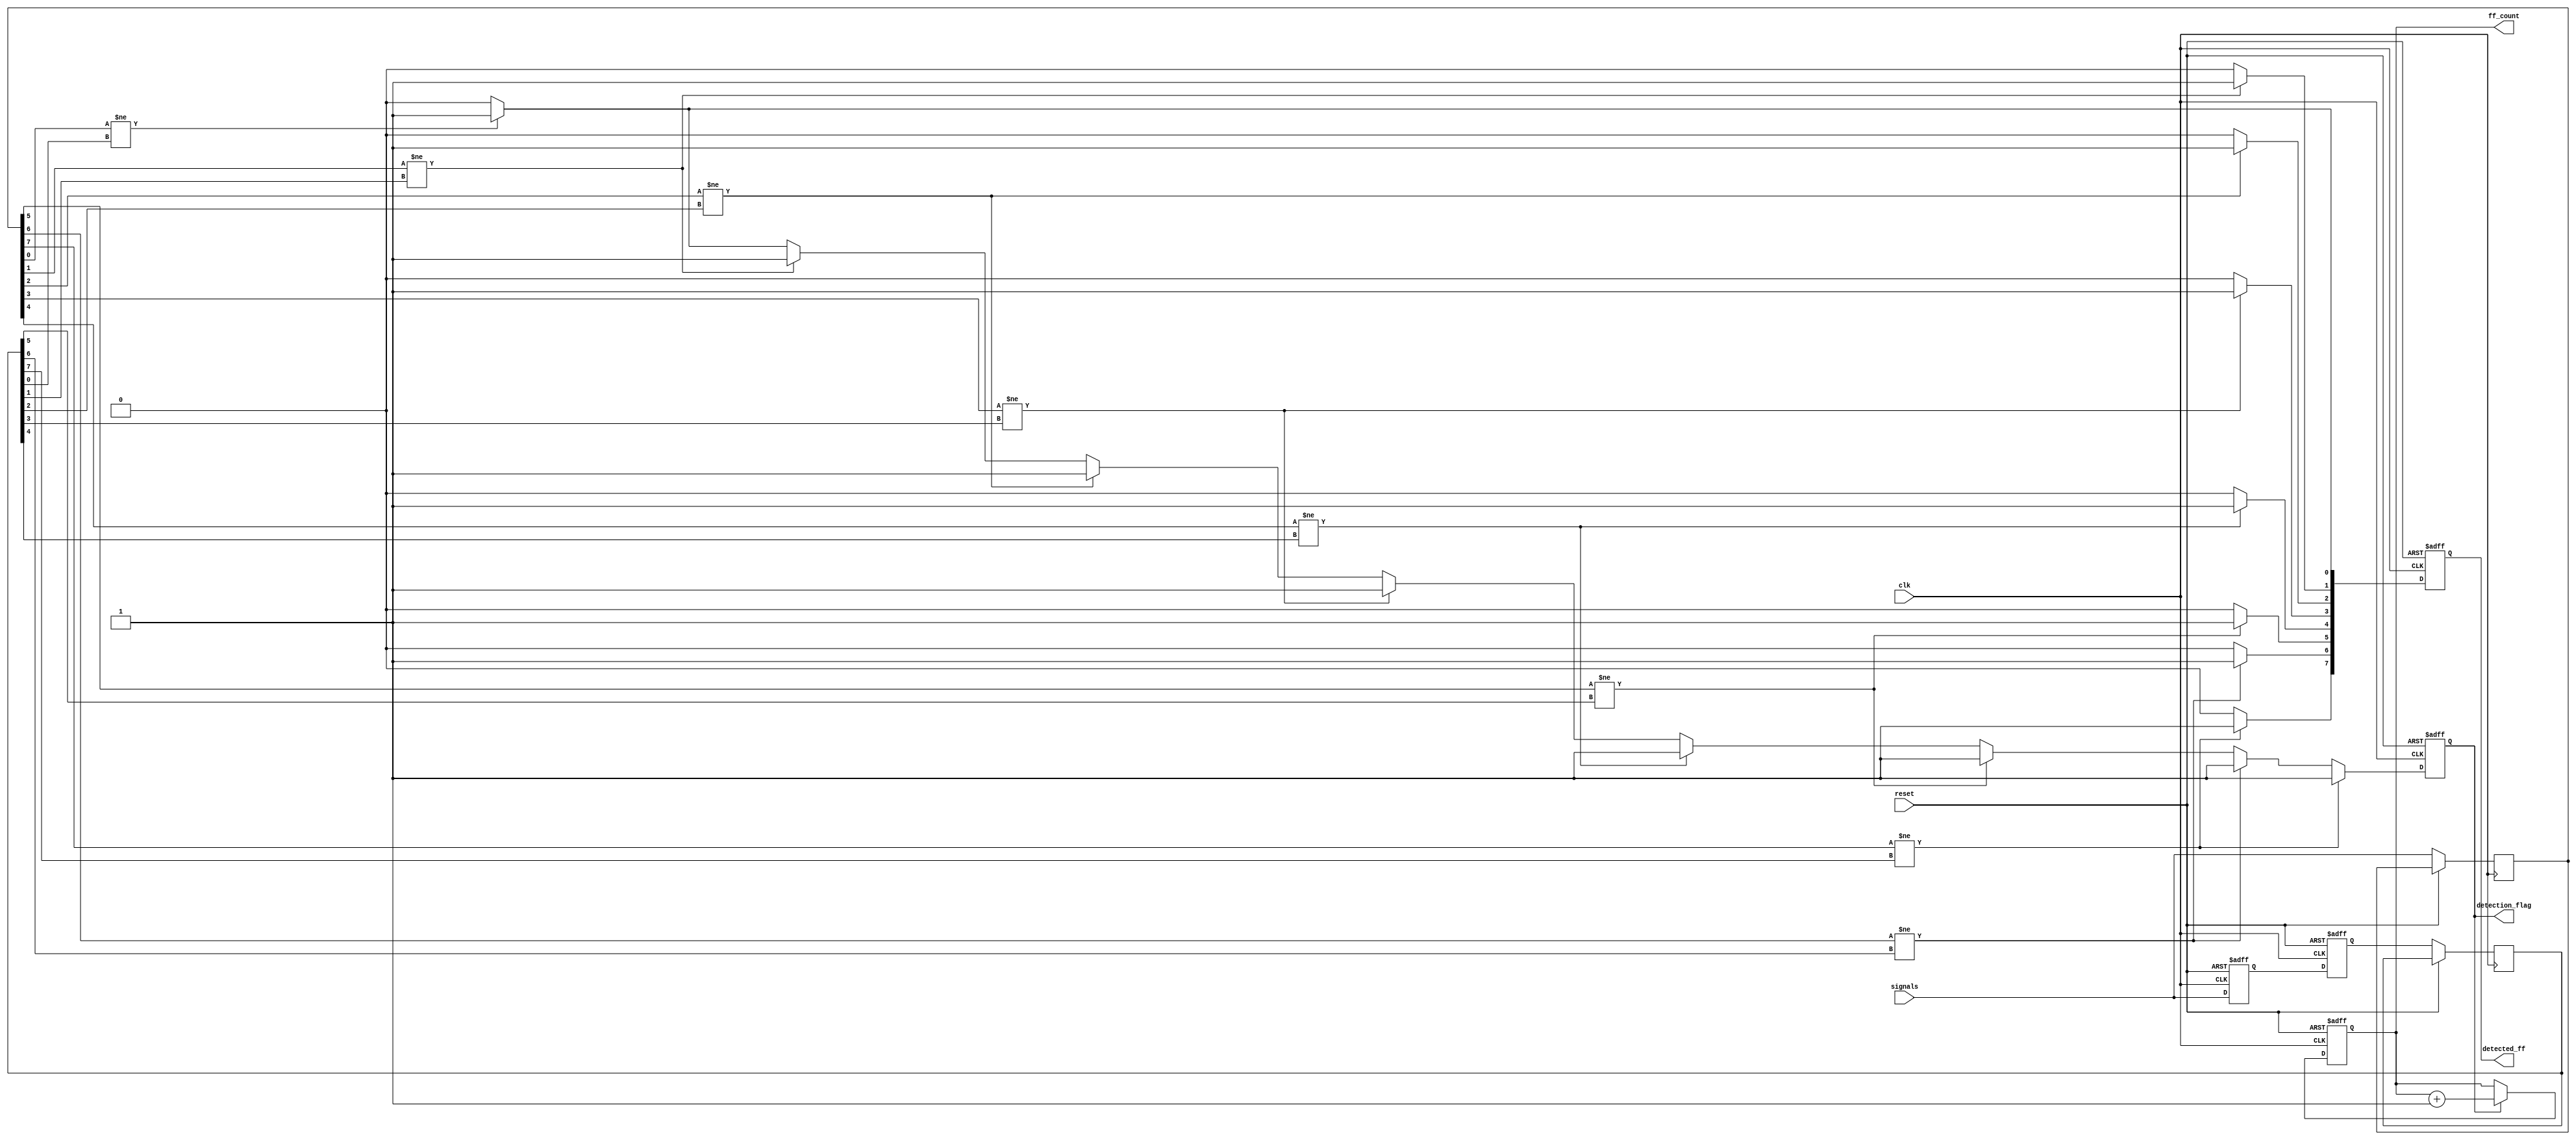
module flip_flop_detector #(
    parameter NUM_SIGNALS = 8,  // Number of signals to monitor
    parameter MEMORY_DEPTH = 2   // Number of memory blocks for state storage
)(
    input wire clk,               // Clock signal
    input wire reset,             // Reset signal
    input wire [NUM_SIGNALS-1:0] signals, // Input signals representing the circuit
    output reg [NUM_SIGNALS-1:0] detected_ff, // Detected flip-flops
    output reg [31:0] ff_count,   // Count of detected flip-flops
    output reg detection_flag      // Flag indicating detection
);

    // Memory blocks to store previous and current states
    reg [NUM_SIGNALS-1:0] mem_block [0:MEMORY_DEPTH-1]; // Memory blocks

    // State variables
    reg [NUM_SIGNALS-1:0] current_state;
    reg [NUM_SIGNALS-1:0] previous_state;

    // Initialization
    integer i;

    always @(posedge clk or posedge reset) begin
        if (reset) begin
            // Reset all states and counters
            ff_count <= 0;
            detection_flag <= 0;
            detected_ff <= 0;
            for (i = 0; i < MEMORY_DEPTH; i = i + 1) begin
                mem_block[i] <= 0;
            end
        end else begin
            // Shift memory blocks
            mem_block[0] <= signals; // Store current signals in the first memory block
            for (i = 1; i < MEMORY_DEPTH; i = i + 1) begin
                mem_block[i] <= mem_block[i-1]; // Cascade the memory blocks
            end

            // Detect flip-flops based on state changes
            current_state <= signals;
            previous_state <= mem_block[1]; // Previous state from the second memory block

            // Check for flip-flop behavior
            detection_flag <= 0; // Reset detection flag
            detected_ff <= 0; // Reset detected flip-flops

            for (i = 0; i < NUM_SIGNALS; i = i + 1) begin
                if (current_state[i] != previous_state[i]) begin
                    detected_ff[i] <= 1; // Mark detected flip-flop
                    detection_flag <= 1; // Set detection flag
                end
            end

            // Update flip-flop count
            if (detection_flag) begin
                ff_count <= ff_count + 1;
            end
        end
    end

endmodule